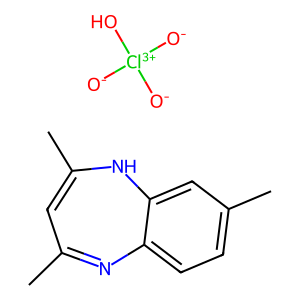
SMILES: CC1=CC(C)=Nc2ccc(C)cc2N1.[O-][Cl+3]([O-])([O-])O
Inhibits HIV replication: No